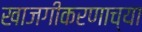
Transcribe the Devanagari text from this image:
खाजगीकरणाच्या